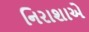
નિરાશાએ